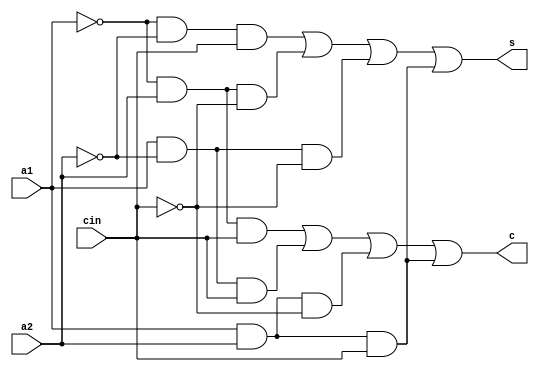
module fulladder(s, c, a1, a2, cin);
    input a1, a2, cin;
    output s, c;
    reg s, c;

    always @ (a1 or a2 or cin)
        begin
            s = (~a1 & ~a2 & cin) | (~a1 & a2 & ~cin) | (a1 & ~a2 & ~cin) | (a1 & a2 & cin);
            c = (~a1 & a2 & cin) | (a1 & ~a2 & cin) | (a1 & a2 & ~cin) | (a1 & a2 & cin); 
        end
endmodule